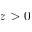
z > 0